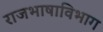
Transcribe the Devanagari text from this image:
राजभाषाविभाग